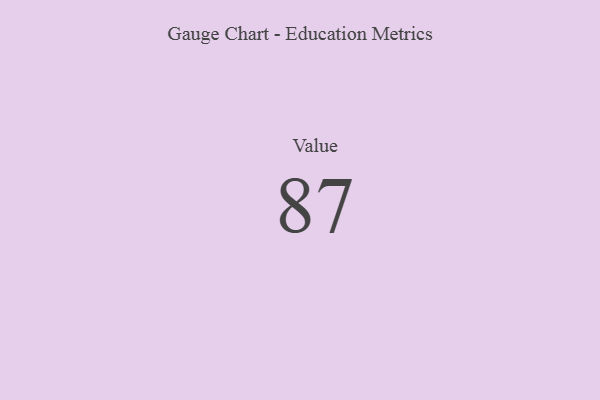
{"axis": {"x": "Metric", "y": "Value"}, "legend": [""], "data": [{"x": "Value", "y": 87, "type": ""}]}